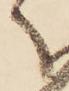
ふ